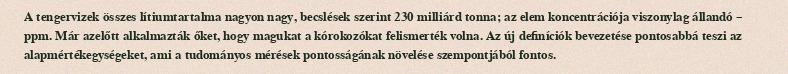
A tengervizek összes lítiumtartalma nagyon nagy, becslések szerint 230 milliárd tonna; az elem koncentrációja viszonylag állandó – ppm. Már azelőtt alkalmazták őket, hogy magukat a kórokozókat felismerték volna. Az új definíciók bevezetése pontosabbá teszi az alapmértékegységeket, ami a tudományos mérések pontosságának növelése szempontjából fontos.